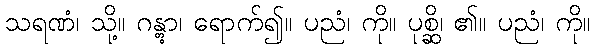
သရဏံ၊ သို့။ ဂန္တွာ၊ ရောက်၍။ ပညံ၊ ကို။ ပုစ္ဆိ၊ ၏။ ပညံ၊ ကို။